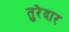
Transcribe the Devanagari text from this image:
तुरेदार